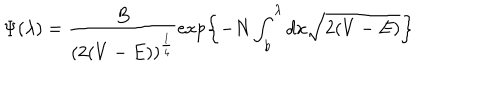
\Psi ( \lambda ) = \frac { B } { ( 2 ( V - E ) ) ^ { \frac { 1 } { 4 } } } \exp \left\{ - N \int _ { b } ^ { \lambda } d x \sqrt { 2 ( V - E ) } \right\}